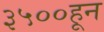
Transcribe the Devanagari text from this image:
३५००हून